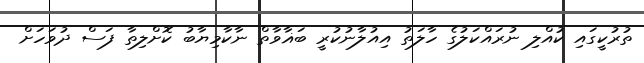
ތުރުކީގައި ކުއްލި ނުރައްކަލުގެ ހާލަތު އިއުލާނުކުރީ ބަޣާވާތް ނާކާމިޔާބު ކޮށްލިތާ ފަސް ދުވަހަށް